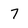
Character: 7